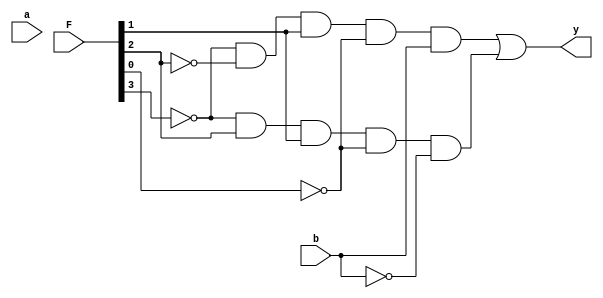
`timescale 1ns / 1ps
//////////////////////////////////////////////////////////////////////////////////
// Company: 
// Engineer: 
// 
// Design Name: 
// Module Name: AE_basic
// Project Name: 
// Target Devices: 
// Tool Versions: 
// Description: 
// 
// Dependencies: 
// 
// Revision:
// Revision 0.01 - File Created
// Additional Comments:
// 
//////////////////////////////////////////////////////////////////////////////////


module AE_basic(
    input [3:0] F,
    input a,
    input b,
    output y
    );
wire [3:0] NF;
wire Na, Nb, a_or_b, a_or_Nb;

// get ~F, ~a, ~b , a+b, a+~b
not(Na, a);
not(Nb, b);
or(a_or_b, a, b);
or(a_or_Nb, a, Nb);

genvar i;
generate
  for (i=0;i<4;i=i+1)
    begin
      not(NF[i], F[i]);
    end
endgenerate

// Intermediate variable t
wire [1:0] t;
and(t[0], NF[3], NF[2], F[1], NF[0], b);
and(t[1], NF[3], F[2], F[1], NF[0], Nb);

// get y
or(y, t[0], t[1]);    
    
endmodule